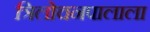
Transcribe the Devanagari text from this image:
त्रिलोचनपालाला